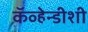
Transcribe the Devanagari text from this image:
कॅव्हेन्डीशी